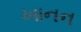
ખાનન